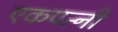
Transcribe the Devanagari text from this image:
एकपत्नी